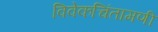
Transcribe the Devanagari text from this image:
विवेकचिंतामणी